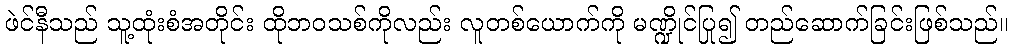
ဖဲင်နီသည် သူ့ထုံးစံအတိုင်း ထိုဘဝသစ်ကိုလည်း လူတစ်ယောက်ကို မဏ္ဍိုင်ပြု၍ တည်ဆောက်ခြင်းဖြစ်သည်။